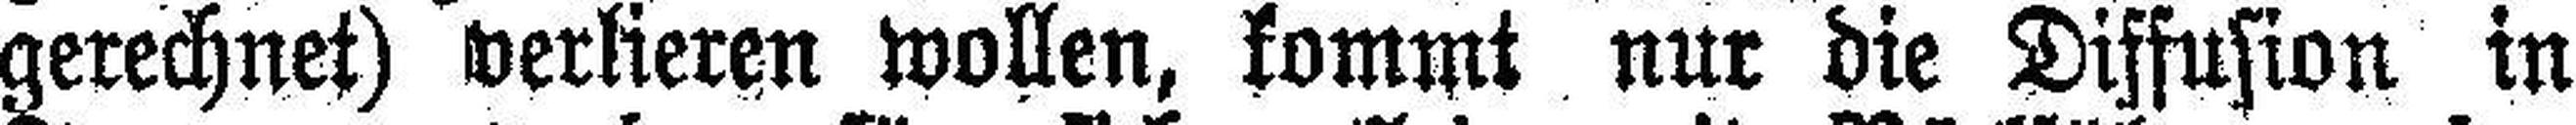
gerechnet) verlieren wollen, kommt nur die Diffusion in